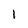
Character: 1